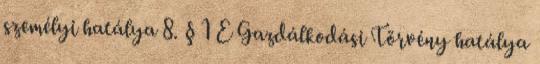
személyi hatálya 8. § 1 E Gazdálkodási Törvény hatálya